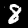
Digit: 8